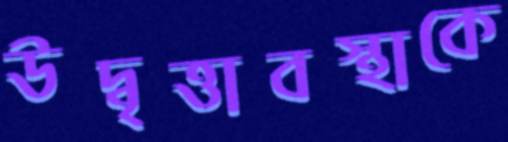
উদ্বৃত্তাবস্থাকে